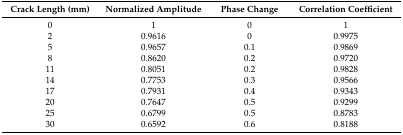
| Crack Length (mm) | Normalized Amplitude | Phase Change | Correlation Coefficient |
 | --- | --- | --- | --- |
 | 0 | 1 | 0 | 1 |
 | 2 | 0.9616 | 0 | 0.9975 |
 | 5 | 0.9657 | 0.1 | 0.9869 |
 | 8 | 0.8620 | 0.2 | 0.9720 |
 | 11 | 0.8051 | 0.2 | 0.9828 |
 | 14 | 0.7753 | 0.3 | 0.9566 |
 | 17 | 0.7931 | 0.4 | 0.9343 |
 | 20 | 0.7647 | 0.5 | 0.9299 |
 | 25 | 0.6799 | 0.5 | 0.8783 |
 | 30 | 0.6592 | 0.6 | 0.8188 |